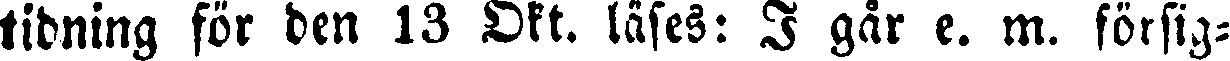
tidning för den 13 Okt. läses: I går e. m. försig-